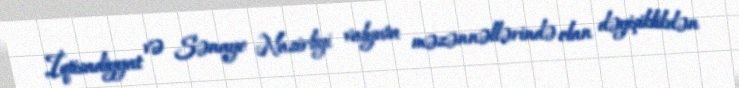
İqtisadiyyat və Sənaye Nazirliyi valyuta məzənnəllərində olan dəyişiklikdən